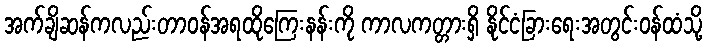
အက်ချိဆန်ကလည်းတာဝန်အရထိုကြေးနန်းကို ကာလကတ္တားရှိ နိုင်ငံခြားရေးအတွင်းဝန်ထံသို့